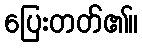
ပြေးတတ်၏။